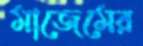
মাজেমের